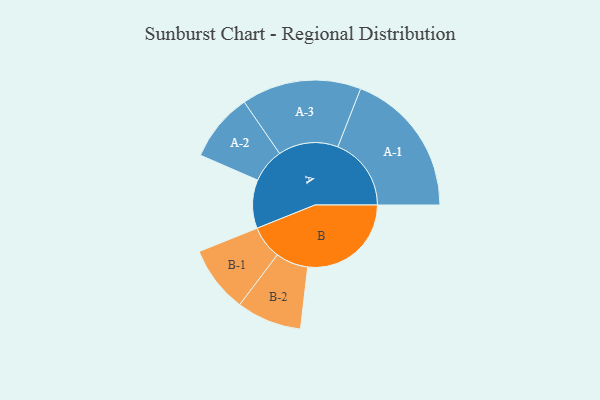
{"axis": {"x": "Segment", "y": "Value"}, "legend": ["", "A", "B"], "data": [{"x": "A", "y": 197, "type": ""}, {"x": "B", "y": 420, "type": ""}, {"x": "A-1", "y": 298, "type": "A"}, {"x": "A-2", "y": 139, "type": "A"}, {"x": "A-3", "y": 243, "type": "A"}, {"x": "B-1", "y": 135, "type": "B"}, {"x": "B-2", "y": 132, "type": "B"}]}